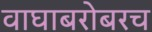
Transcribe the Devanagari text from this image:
वाघाबरोबरच